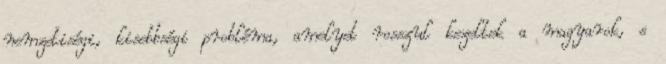
nemzetiségi, kisebbségi probléma, amelyet rosszul kezeltek a magyarok, s